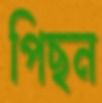
পিছন